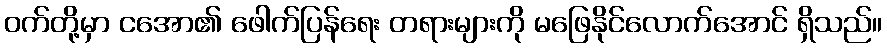
ဝက်တို့မှာ ငအော၏ ဖေါက်ပြန်ရေး တရားများကို မဖြေနိုင်လောက်အောင် ရှိသည်။